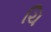
ચિ